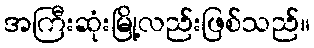
အကြီးဆုံးမြို့လည်းဖြစ်သည်။